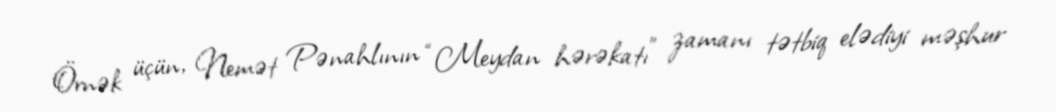
Örnək üçün, Nemət Pənahlının “Meydan hərəkatı” zamanı tətbiq elədiyi məşhur